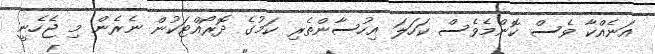
އަނެއްކާ ވެސް ކޮންމެވެސް ކަހަލަ އިހުސާންތެރި ކަމުގެ ދޮރޯއްޓަކުން ނެރެން މި ޖެހެނީ